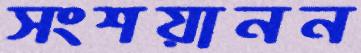
সংশয়ানন